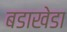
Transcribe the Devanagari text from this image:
बडाखेडा